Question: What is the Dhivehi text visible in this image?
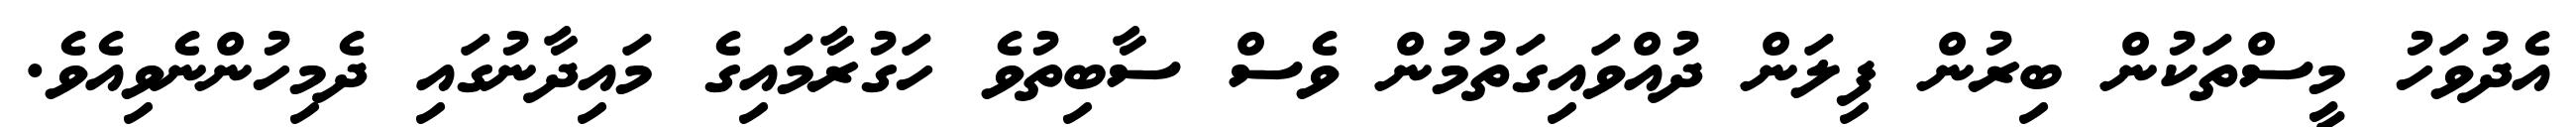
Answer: އެދުވަހު މީސްތަކުން ބިރުން ފިލަން ދުއްވައިގަތުމުން ވެސް ސާބިތުވެ ހަގުރާމައިގެ މައިދާނުގައި ދެމިހުންނެވިއެވެ.